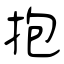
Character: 抱